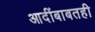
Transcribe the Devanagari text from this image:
आदींबाबतही